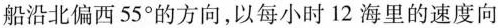
船沿北偏西55°的方向，以每小时12海里的速度向